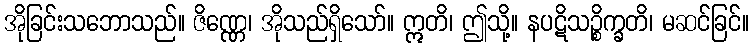
အိုခြင်းသဘောသည်။ ဇိဏ္ဏေ၊ အိုသည်ရှိသော်။ ဣတိ၊ ဤသို့။ နပဋိသဉ္စိက္ခတိ၊ မဆင်ခြင်။